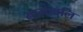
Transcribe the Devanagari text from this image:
नामावलि